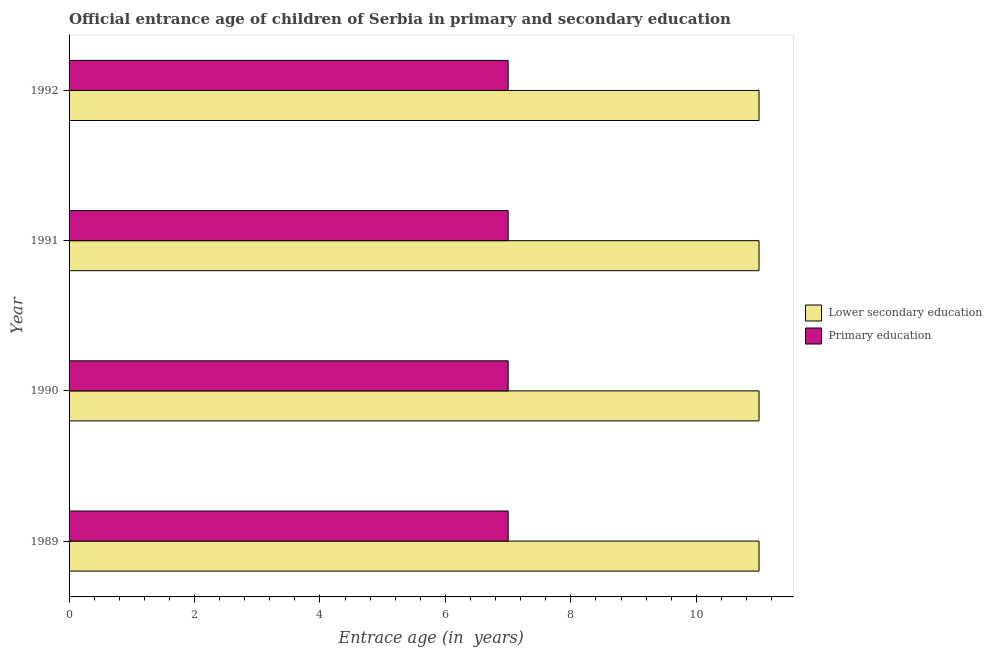
| Year | Lower secondary education | Primary education |
 | --- | --- | --- |
 | 1989 | 11 | 7 |
 | 1990 | 11 | 7 |
 | 1991 | 11 | 7 |
 | 1992 | 11 | 7 |